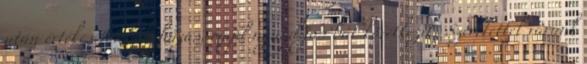
után értékes tombolahúzás, majd nyugdíjas bál következik. Szeretettel várunk